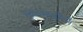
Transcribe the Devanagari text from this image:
मुद्गलशास्त्रींनी